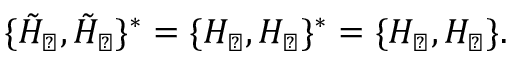
\{ \tilde { H } _ { \perp } , \tilde { H } _ { \perp } \} ^ { * } = \{ H _ { \perp } , H _ { \perp } \} ^ { * } = \{ H _ { \perp } , H _ { \perp } \} .